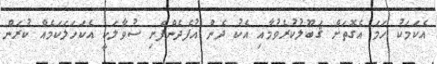
އެކަމަކު ހަމަ އެގޮތަށް ޤަބޫލުކުރެވުމާއި އެކު ދެން އުފެދެންފެށި ސުވާލަކީ އެކަހަލަކަމެއް ކުރަން